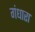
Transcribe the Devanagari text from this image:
गंधारा